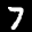
Label: 7